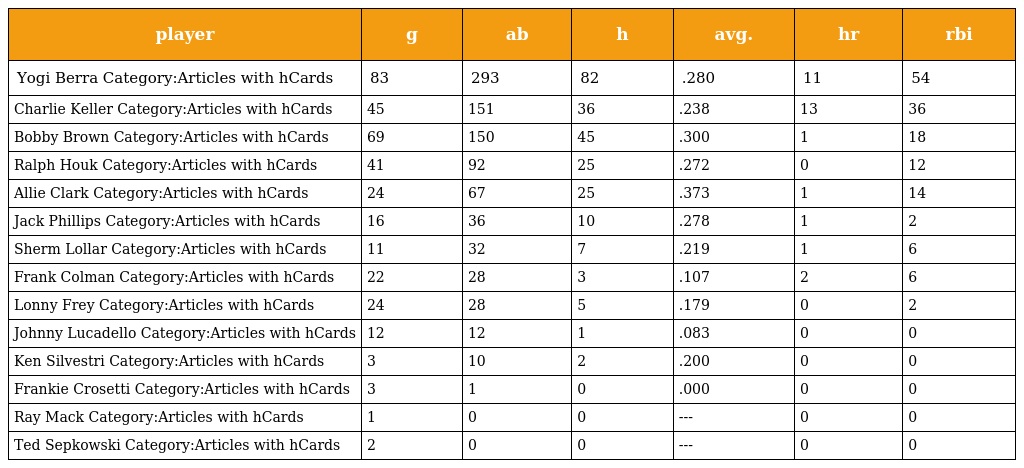
| player | g | ab | h | avg. | hr | rbi |
 | --- | --- | --- | --- | --- | --- | --- |
 | Yogi Berra Category:Articles with hCards | 83 | 293 | 82 | .280 | 11 | 54 |
 | Charlie Keller Category:Articles with hCards | 45 | 151 | 36 | .238 | 13 | 36 |
 | Bobby Brown Category:Articles with hCards | 69 | 150 | 45 | .300 | 1 | 18 |
 | Ralph Houk Category:Articles with hCards | 41 | 92 | 25 | .272 | 0 | 12 |
 | Allie Clark Category:Articles with hCards | 24 | 67 | 25 | .373 | 1 | 14 |
 | Jack Phillips Category:Articles with hCards | 16 | 36 | 10 | .278 | 1 | 2 |
 | Sherm Lollar Category:Articles with hCards | 11 | 32 | 7 | .219 | 1 | 6 |
 | Frank Colman Category:Articles with hCards | 22 | 28 | 3 | .107 | 2 | 6 |
 | Lonny Frey Category:Articles with hCards | 24 | 28 | 5 | .179 | 0 | 2 |
 | Johnny Lucadello Category:Articles with hCards | 12 | 12 | 1 | .083 | 0 | 0 |
 | Ken Silvestri Category:Articles with hCards | 3 | 10 | 2 | .200 | 0 | 0 |
 | Frankie Crosetti Category:Articles with hCards | 3 | 1 | 0 | .000 | 0 | 0 |
 | Ray Mack Category:Articles with hCards | 1 | 0 | 0 | --- | 0 | 0 |
 | Ted Sepkowski Category:Articles with hCards | 2 | 0 | 0 | --- | 0 | 0 |